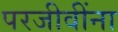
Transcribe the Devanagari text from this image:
परजीवींना